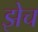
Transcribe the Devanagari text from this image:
झेच